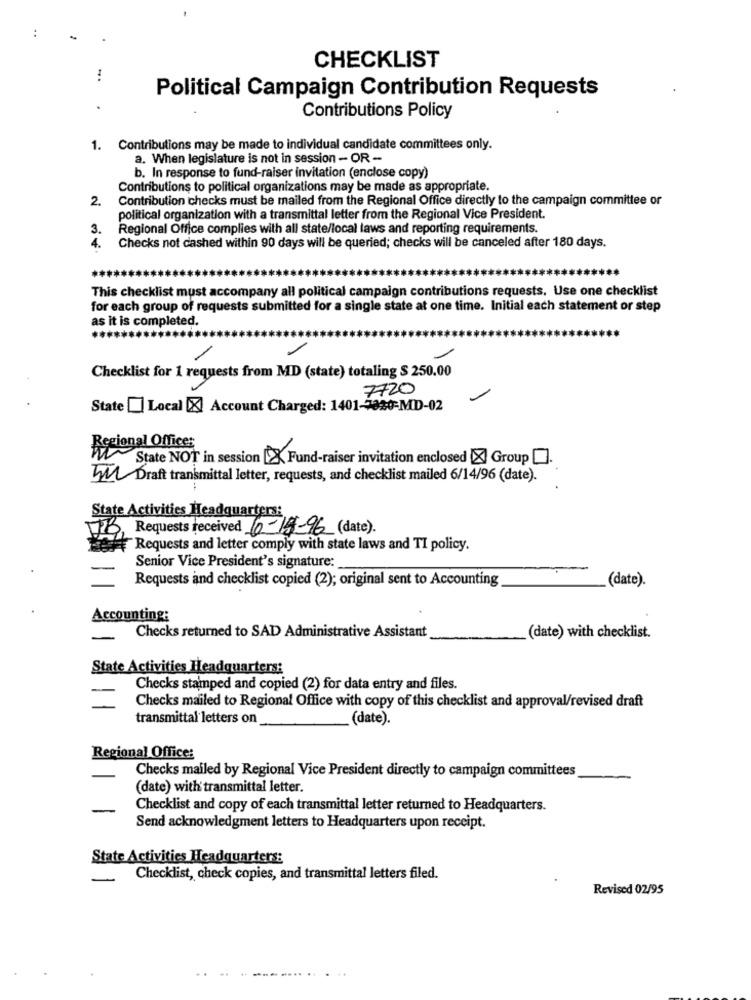
..
CHECKLIST
...
Political Campaign Contribution Requests
Contributions Policy
1. Contributions may be made to individual candidate committees only.
a. When legislature is not in session - OR -
b. In response to fund-raiser invitation (enclose copy)
Contributions to political organizations may be made as appropriate.
2.
Contribution checks must be mailed from the Regional Office directly to the campaign committee or
political organization with a transmittal letter from the Regional Vice President.
3.
Regional Office complies with all state/local laws and reporting requirements.
Checks not dashed within 90 days will be queried; checks will be canceled after 180 days.
4.
This checklist must accompany all political campaign contributions requests. Use one checklist
for each group of requests submitted for a single state at one time. Initial each statement or step
as it is completed.
Checklist for 1 requests from MD (state) totaling $ 250.00
7720
State [ Local [X] Account Charged: 1401-5320-MD-02
Regional Offices
State NOT in session [> Fund-raiser invitation enclosed X Group [].
m Draft transmittal letter, requests, and checklist mailed 6/14/96 (date).
te Activities Headquarters:
Requests received 6-14-96 (date).
Requests and letter comply with state laws and TI policy.
Senior Vice President's signature:
Requests and checklist copied (2); original sent to Accounting
(date).
Accounting:
Checks returned to SAD Administrative Assistant
(date) with checklist.
State Activities Headquarters:
Checks stamped and copied (2) for data entry and files.
Checks mailed to Regional Office with copy of this checklist and approval/revised draft
transmittal letters on
(date).
Regional Office:
Checks mailed by Regional Vice President directly to campaign committees
(date) with' transmittal letter.
Checklist and copy of each transmittal letter returned to Headquarters.
Send acknowledgment letters to Headquarters upon receipt.
State Activities Headquarters:
Checklist, check copies, and transmittal letters filed.
Revised 02/95
...